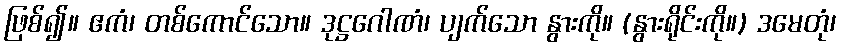
ဖြစ်၍။ ဧကံ၊ တစ်ကောင်သော။ ဒုဋ္ဌဂေါဏံ၊ ပျက်သော နွားကို။ (နွားရိုင်းကို။) ဒမေတုံ၊